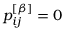
p _ { i j } ^ { \left[ \beta \right] } = 0